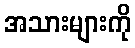
အသားများကို